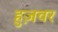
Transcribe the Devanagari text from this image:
हुज़वर